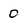
Character: 0